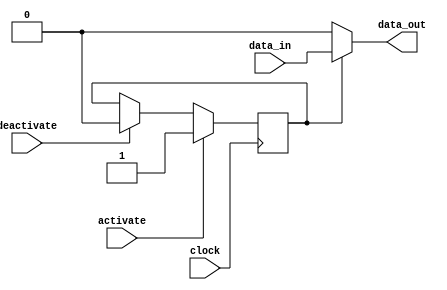
module Timing_Control (

  input clock, 

  input activate, 

  input deactivate, 

  input data_in, 

  output reg data_out

);

reg transmission_gate;

// Synchronize data transmission with clock signal

always @(posedge clock) begin

  if (activate)

    transmission_gate <= 1;

  else if (deactivate)

    transmission_gate <= 0;

end

// Delay elements to ensure proper timing

always @*

begin

  if (transmission_gate)

    data_out <= data_in;

  else

    data_out <= 0;

end

endmodule